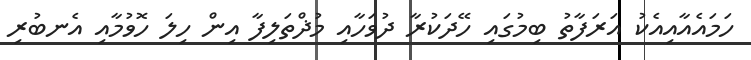
ހަމައެއާއިއެކު އަރަފާތު ބިމުގައި ހޭދަކުރާ ދުވަހާއި މުޛްތަލިފާ އިން ހިލަ ހޮވުމާއި އެނބުރި